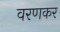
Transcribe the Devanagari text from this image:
वरणकर